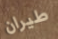
طيران